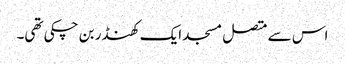
اس سے متصل مسجد ایک کھنڈر بن چکی تھی۔